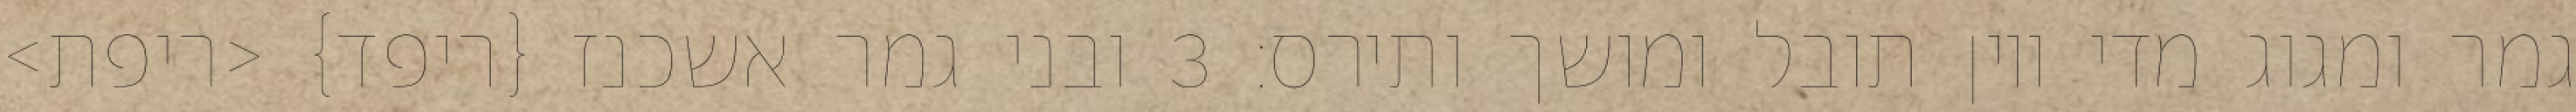
גמר ומגוג מדי ויון תובל ומושך ותירס׃ ‎3‏ ובני גמר אשכנז {ריפד} <ריפת>